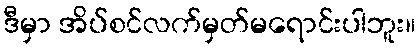
ဒီမှာ အိပ်စင်လက်မှတ်မရောင်းပါဘူး။